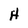
Character: H